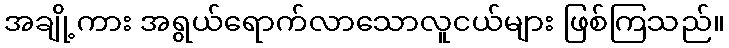
အချို့ကား အရွယ်ရောက်လာသောလူငယ်များ ဖြစ်ကြသည်။